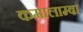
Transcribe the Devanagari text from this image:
कमालाम्बा